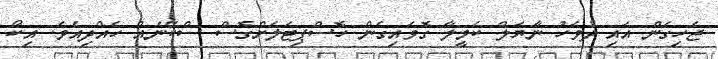
ޖެހިގެން އައި ދުވަހު ނާޔަލް ކެމީލާ ގޮވައިގެން ހޮސްޕިޓަލަށްގޮސް ސްކޭނެއް ހެއްދިއެވެ. އިކޯ